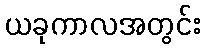
ယခုကာလအတွင်း